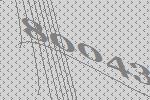
80043